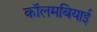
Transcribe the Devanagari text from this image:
कॉलमबियाई